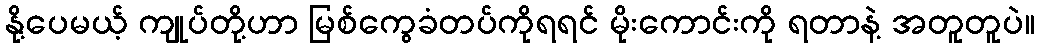
နို့ပေမယ့် ကျုပ်တို့ဟာ မြစ်ကွေခံတပ်ကိုရရင် မိုးကောင်းကို ရတာနဲ့ အတူတူပဲ။